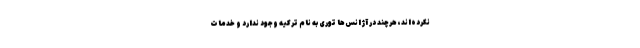
نکرده‌اند، هرچند در آژانس‌ها توری به نام ترکیه وجود ندارد و خدمات